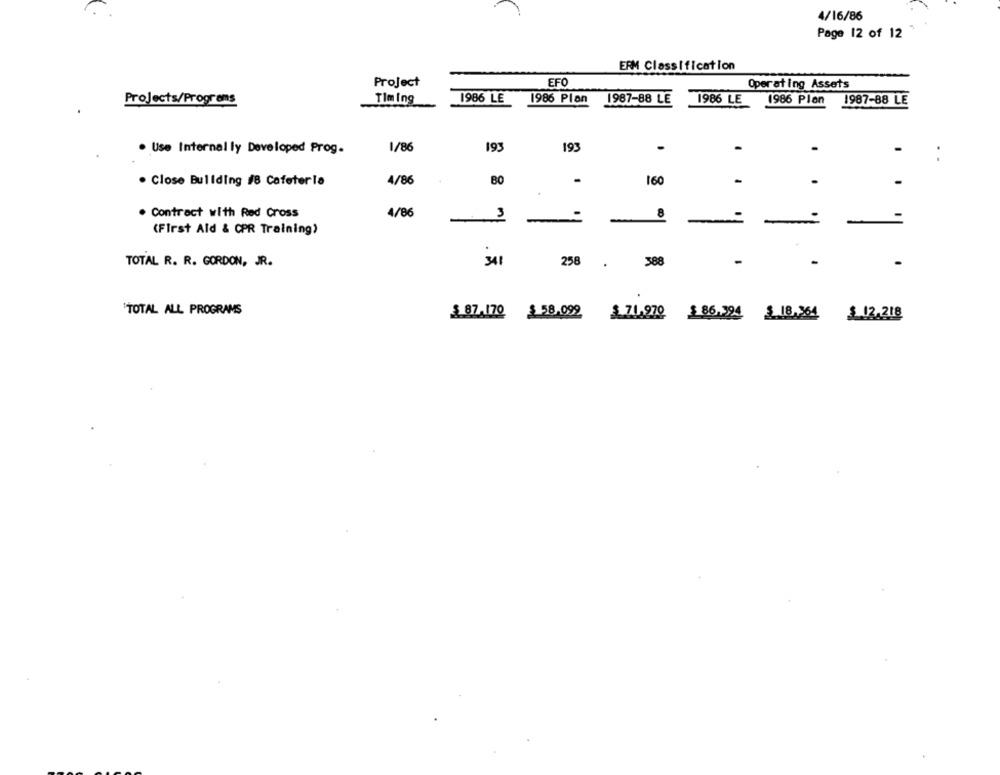
4/16/86
Page 12 of 12
ERM Classification
Project
EFO
Operating Assets
Projects/Programs
Timing
1986 LE
1986 Plan
1987-88 LE
1986 LE
1986 Plan 1987-88 LE
1/86
193
193
-
. Use Internally Developed Prog.
. Close Buliding #8 Cafeteria
4/86
160
. Contract with Red Cross
4/86
8
-
-
(First Aid & CPR Training)
TOTAL R. R. GORDON, JR.
341
258.
388
-
-
TOTAL ALL PROGRAMS
$87.170 $ 58.099 $ 71.970 $ 86.394 $ 18.264 $ 12.218